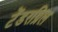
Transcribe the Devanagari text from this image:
टेंडरग्रिल